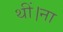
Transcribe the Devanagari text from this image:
थीं।ना